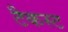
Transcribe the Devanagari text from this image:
टैकस्ट